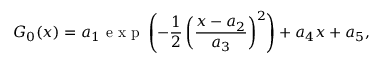
G _ { 0 } ( x ) = a _ { 1 } \textrm { e x p } \left( - \frac { 1 } { 2 } \left( \frac { x - a _ { 2 } } { a _ { 3 } } \right) ^ { 2 } \right) + a _ { 4 } x + a _ { 5 } ,